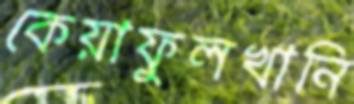
কেয়াফুলখানি